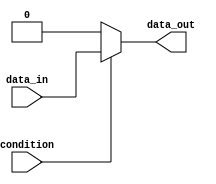
module if_else_example (
    input wire condition,
    input wire data_in,
    output reg data_out
);

always @ (*) begin
    if (condition) begin
        data_out <= data_in;
    end else begin
        data_out <= 0;
    end
end

endmodule